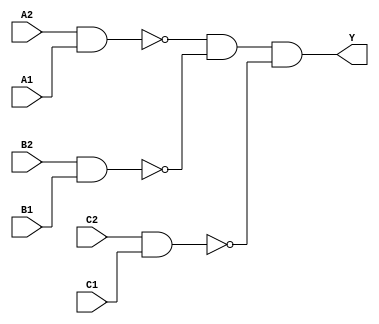
/*
 * Copyright 2020 The SkyWater PDK Authors
 *
 * Licensed under the Apache License, Version 2.0 (the "License");
 * you may not use this file except in compliance with the License.
 * You may obtain a copy of the License at
 *
 *     https://www.apache.org/licenses/LICENSE-2.0
 *
 * Unless required by applicable law or agreed to in writing, software
 * distributed under the License is distributed on an "AS IS" BASIS,
 * WITHOUT WARRANTIES OR CONDITIONS OF ANY KIND, either express or implied.
 * See the License for the specific language governing permissions and
 * limitations under the License.
 *
 * SPDX-License-Identifier: Apache-2.0
*/


`ifndef SKY130_FD_SC_HDLL__A222OI_BEHAVIORAL_V
`define SKY130_FD_SC_HDLL__A222OI_BEHAVIORAL_V

/**
 * a222oi: 2-input AND into all inputs of 3-input NOR.
 *
 *         Y = !((A1 & A2) | (B1 & B2) | (C1 & C2))
 *
 * Verilog simulation functional model.
 */

`timescale 1ns / 1ps
`default_nettype none

`celldefine
module sky130_fd_sc_hdll__a222oi (
    Y ,
    A1,
    A2,
    B1,
    B2,
    C1,
    C2
);

    // Module ports
    output Y ;
    input  A1;
    input  A2;
    input  B1;
    input  B2;
    input  C1;
    input  C2;

    // Module supplies
    supply1 VPWR;
    supply0 VGND;
    supply1 VPB ;
    supply0 VNB ;

    // Local signals
    wire nand0_out ;
    wire nand1_out ;
    wire nand2_out ;
    wire and0_out_Y;

    //   Name   Output      Other arguments
    nand nand0 (nand0_out , A2, A1                         );
    nand nand1 (nand1_out , B2, B1                         );
    nand nand2 (nand2_out , C2, C1                         );
    and  and0  (and0_out_Y, nand0_out, nand1_out, nand2_out);
    buf  buf0  (Y         , and0_out_Y                     );

endmodule
`endcelldefine

`default_nettype wire
`endif  // SKY130_FD_SC_HDLL__A222OI_BEHAVIORAL_V